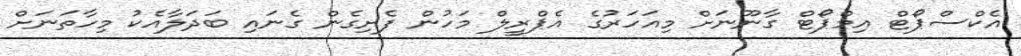
އެކްސްޕޯޓް އިމްޕޯޓް ގާނޫނަށް މިއަހަރުގެ އެޕްރީލް މަހުން ފެށިގެން ގެނައި ބަދަލާއެކު މިހާތަނަށް